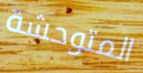
المتوحشة